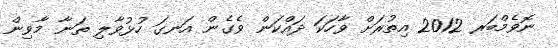
ނޮވެމްބަރ 2012 އިތުރަށް ވާހަކަ ދައްކަން ވެގެން އަނގަ ހުޅުވާލި ތަނާ މާވިން